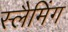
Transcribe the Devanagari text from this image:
स्लैमिंग